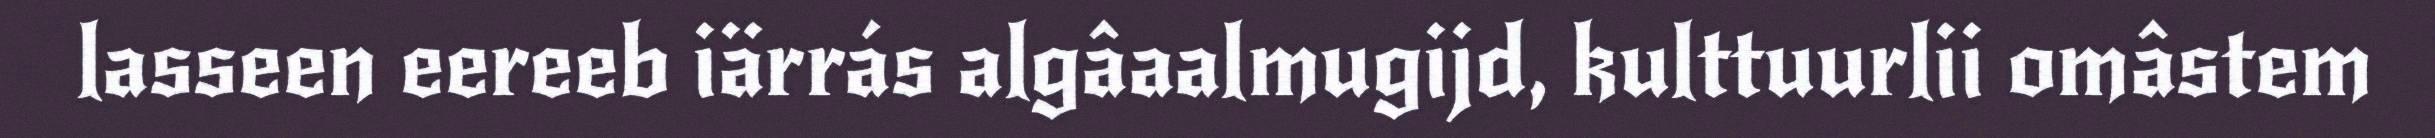
lasseen eereeb iärrás algâaalmugijd, kulttuurlii omâstem